Indian journal of veterinary science and animal husbandry - Volume 5,
Year: 1935
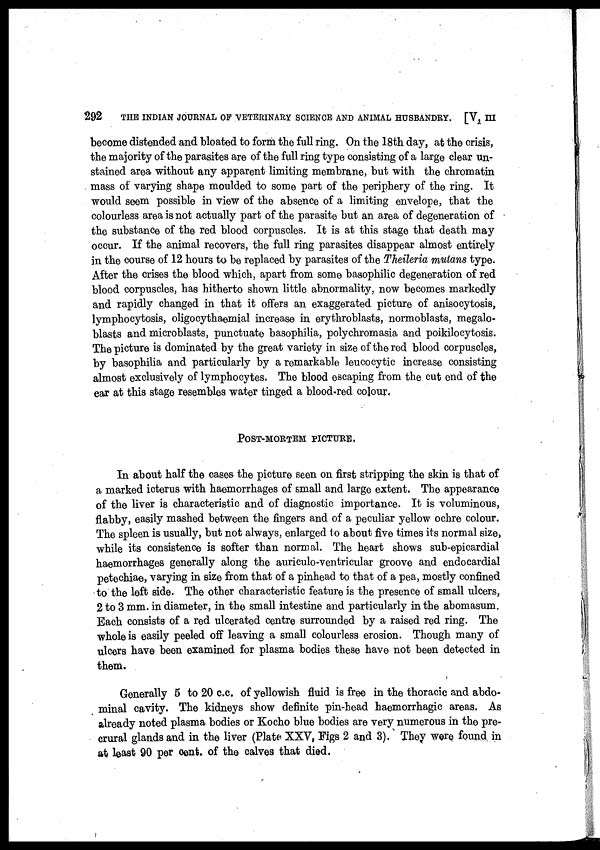
292
THE INDIAN JOURNAL OF VETERINARY SCIENCE AND ANIMAL HUSBANDRY. [V, III
become distended and bloated to form the full ring. On the 18th day, at the crisis,
the majority of the parasites are of the full ring type consisting of a large clear un-
stained area without any apparent limiting membrane, but with the chromatin
mass of varying shape moulded to some part of the periphery of the ring. It
would seem possible in view of the absence of a limiting envelope, that the
colourless area is not actually part of the parasite but an area of degeneration of
the substance of the red blood corpuscles. It is at this stage that death may
occur. If the animal recovers, the full ring parasites disappear almost entirely
in the course of 12 hours to be replaced by parasites of the Theileria mutans type.
After the crises the blood which, apart from some basophilic degeneration of red
blood corpuscles, has hitherto shown little abnormality, now becomes markedly
and rapidly changed in that it offers an exaggerated picture of anisocytosis,
lymphocytosis, oligocythaemial increase in erythroblasts, normoblasts, megalo-
blasts and microblasts, punctuate basophilia, polychromasia and poikilocytosis.
The picture is dominated by the great variety in size of the red blood corpuscles,
by basophilia and particularly by a remarkable leucocytic increase consisting
almost exclusively of lymphocytes. The blood escaping from the cut end of the
ear at this stage resembles water tinged a blood-red colour.
POST-MORTEM PICTURE.
In about half the cases the picture seen on first stripping the skin is that of
a marked icterus with haemorrhages of small and large extent. The appearance
of the liver is characteristic and of diagnostic importance. It is voluminous,
flabby, easily mashed between the fingers and of a peculiar yellow ochre colour.
The spleen is usually, but not always, enlarged to about five times its normal size,
while its consistence is softer than normal. The heart shows sub-epicardial
haemorrhages generally along the auriculo-ventricular groove and endocardial
petechiae, varying in size from that of a pinhead to that of a pea, mostly confined
to the left side. The other characteristic feature is the presence of small ulcers,
2 to 3 mm. in diameter, in the small intestine and particularly in the abomasum.
Each consists of a red ulcerated centre surrounded by a raised red ring. The
whole is easily peeled off leaving a small colourless erosion. Though many of
ulcers have been examined for plasma bodies these have not been detected in
them.
Generally 5 to 20 c.c. of yellowish fluid is free in the thoracic and abdo-
minal cavity. The kidneys show definite pin-head haemorrhagic areas. As
already noted plasma bodies or Kocho blue bodies are very numerous in the pre-
crural glands and in the liver (Plate XXV, Figs 2 and 3). They were found in
at least 90 per cent. of the calves that died.